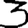
Digit: 3